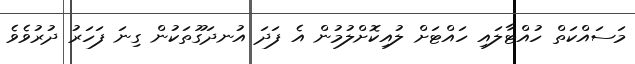
މަސައްކަތް ހުއްޓާލައި ހައްޓަަށް ލުއިކޮށްލުމުން އެ ފަދަ އުނދަގޫތަކުން ގިނަ ފަހަރު ދުރުވެވެ